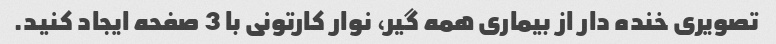
تصویری خنده دار از بیماری همه گیر، نوار کارتونی با 3 صفحه ایجاد کنید.